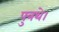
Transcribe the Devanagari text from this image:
पुत्रथे।